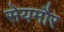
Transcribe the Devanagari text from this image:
सेयमौर